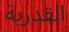
القدرية